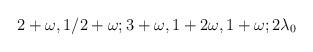
LaTeX: \begin{align*}2+\omega,1/2+\omega;3+\omega,1+2\omega,1+\omega;2\lambda_0\end{align*}